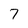
Character: 7